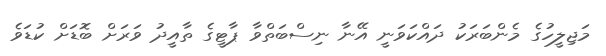
މަޖިލީހުގެ މެންބަރަކު ދައްކަވަނީ އޭނާ ނިސްބަތްވާ ޕާޓީގެ ތާއީދު ވަރަށް ބޮޑަށް ކުޑަވެ